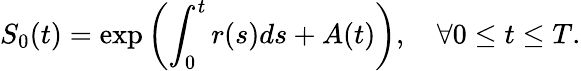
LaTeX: S_{0}(t)=\exp\left(\int_{0}^{t}r(s)ds+A(t)\right),\quad\forall 0\leq t\leq T.